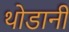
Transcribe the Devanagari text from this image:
थोडानी